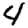
Digit: 4